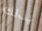
بذلك